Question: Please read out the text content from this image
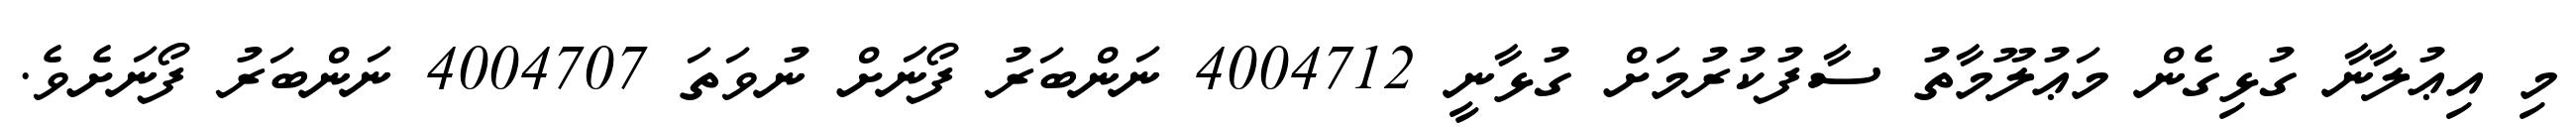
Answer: މި އިޢުލާނާ ގުޅިގެން މަޢުލޫމާތު ސާފުކުރުމަށް ގުޅާނީ 4004712 ނަންބަރު ފޯނަށް ނުވަތަ 4004707 ނަންބަރު ފޯނަށެވެ.